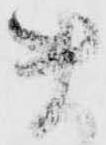
ま